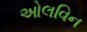
ઓલવિન